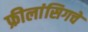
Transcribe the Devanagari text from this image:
फ्रीलांसिगचे